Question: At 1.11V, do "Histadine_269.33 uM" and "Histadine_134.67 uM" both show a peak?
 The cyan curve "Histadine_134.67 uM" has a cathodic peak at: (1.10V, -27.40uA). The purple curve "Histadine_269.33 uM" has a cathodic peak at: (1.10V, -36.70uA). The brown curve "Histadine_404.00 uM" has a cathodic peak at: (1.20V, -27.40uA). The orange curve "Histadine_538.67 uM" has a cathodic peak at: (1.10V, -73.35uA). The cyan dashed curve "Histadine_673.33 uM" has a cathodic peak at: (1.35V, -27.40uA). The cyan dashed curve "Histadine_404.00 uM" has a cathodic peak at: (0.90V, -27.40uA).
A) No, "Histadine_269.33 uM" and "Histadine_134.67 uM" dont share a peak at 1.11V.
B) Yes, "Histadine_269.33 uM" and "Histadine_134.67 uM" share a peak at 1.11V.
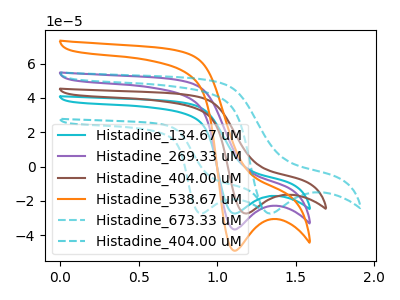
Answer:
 <answer>B) Yes, "Histadine_269.33 uM" and "Histadine_134.67 uM" share a peak at 1.11V.</answer>
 <eval>B</eval>